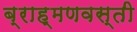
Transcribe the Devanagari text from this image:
ब्राह्मणवस्ती